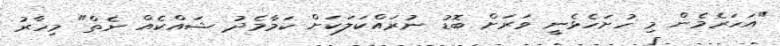
"އަހަރެމެން މި ހުށަހެޅެނީ ވަރަށް ބޮޑު ނުރައްކަލަކަށް ކަމާމެދު ޝައްކެއް ނެތް" މިހާރު